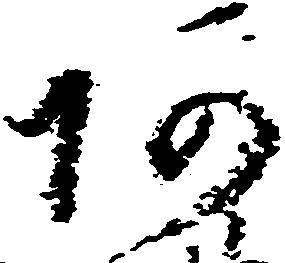
阿